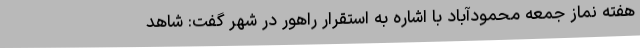
هفته نماز جمعه محمودآباد با اشاره به استقرار راهور در شهر گفت: شاهد